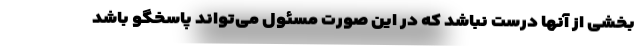
بخشی از آنها درست نباشد که در این صورت مسئول می‌تواند پاسخگو باشد